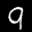
Label: 9